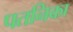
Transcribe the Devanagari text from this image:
पतनिका